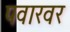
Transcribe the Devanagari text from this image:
पवारवर